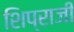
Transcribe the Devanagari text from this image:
शिप्राजी